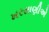
ખરસાણીએ